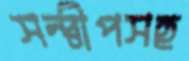
সন্দ্বীপসহ